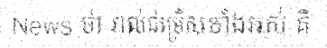
News ថា រាល់ជម្រើសទាំងអស់ គឺ